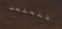
للملعب